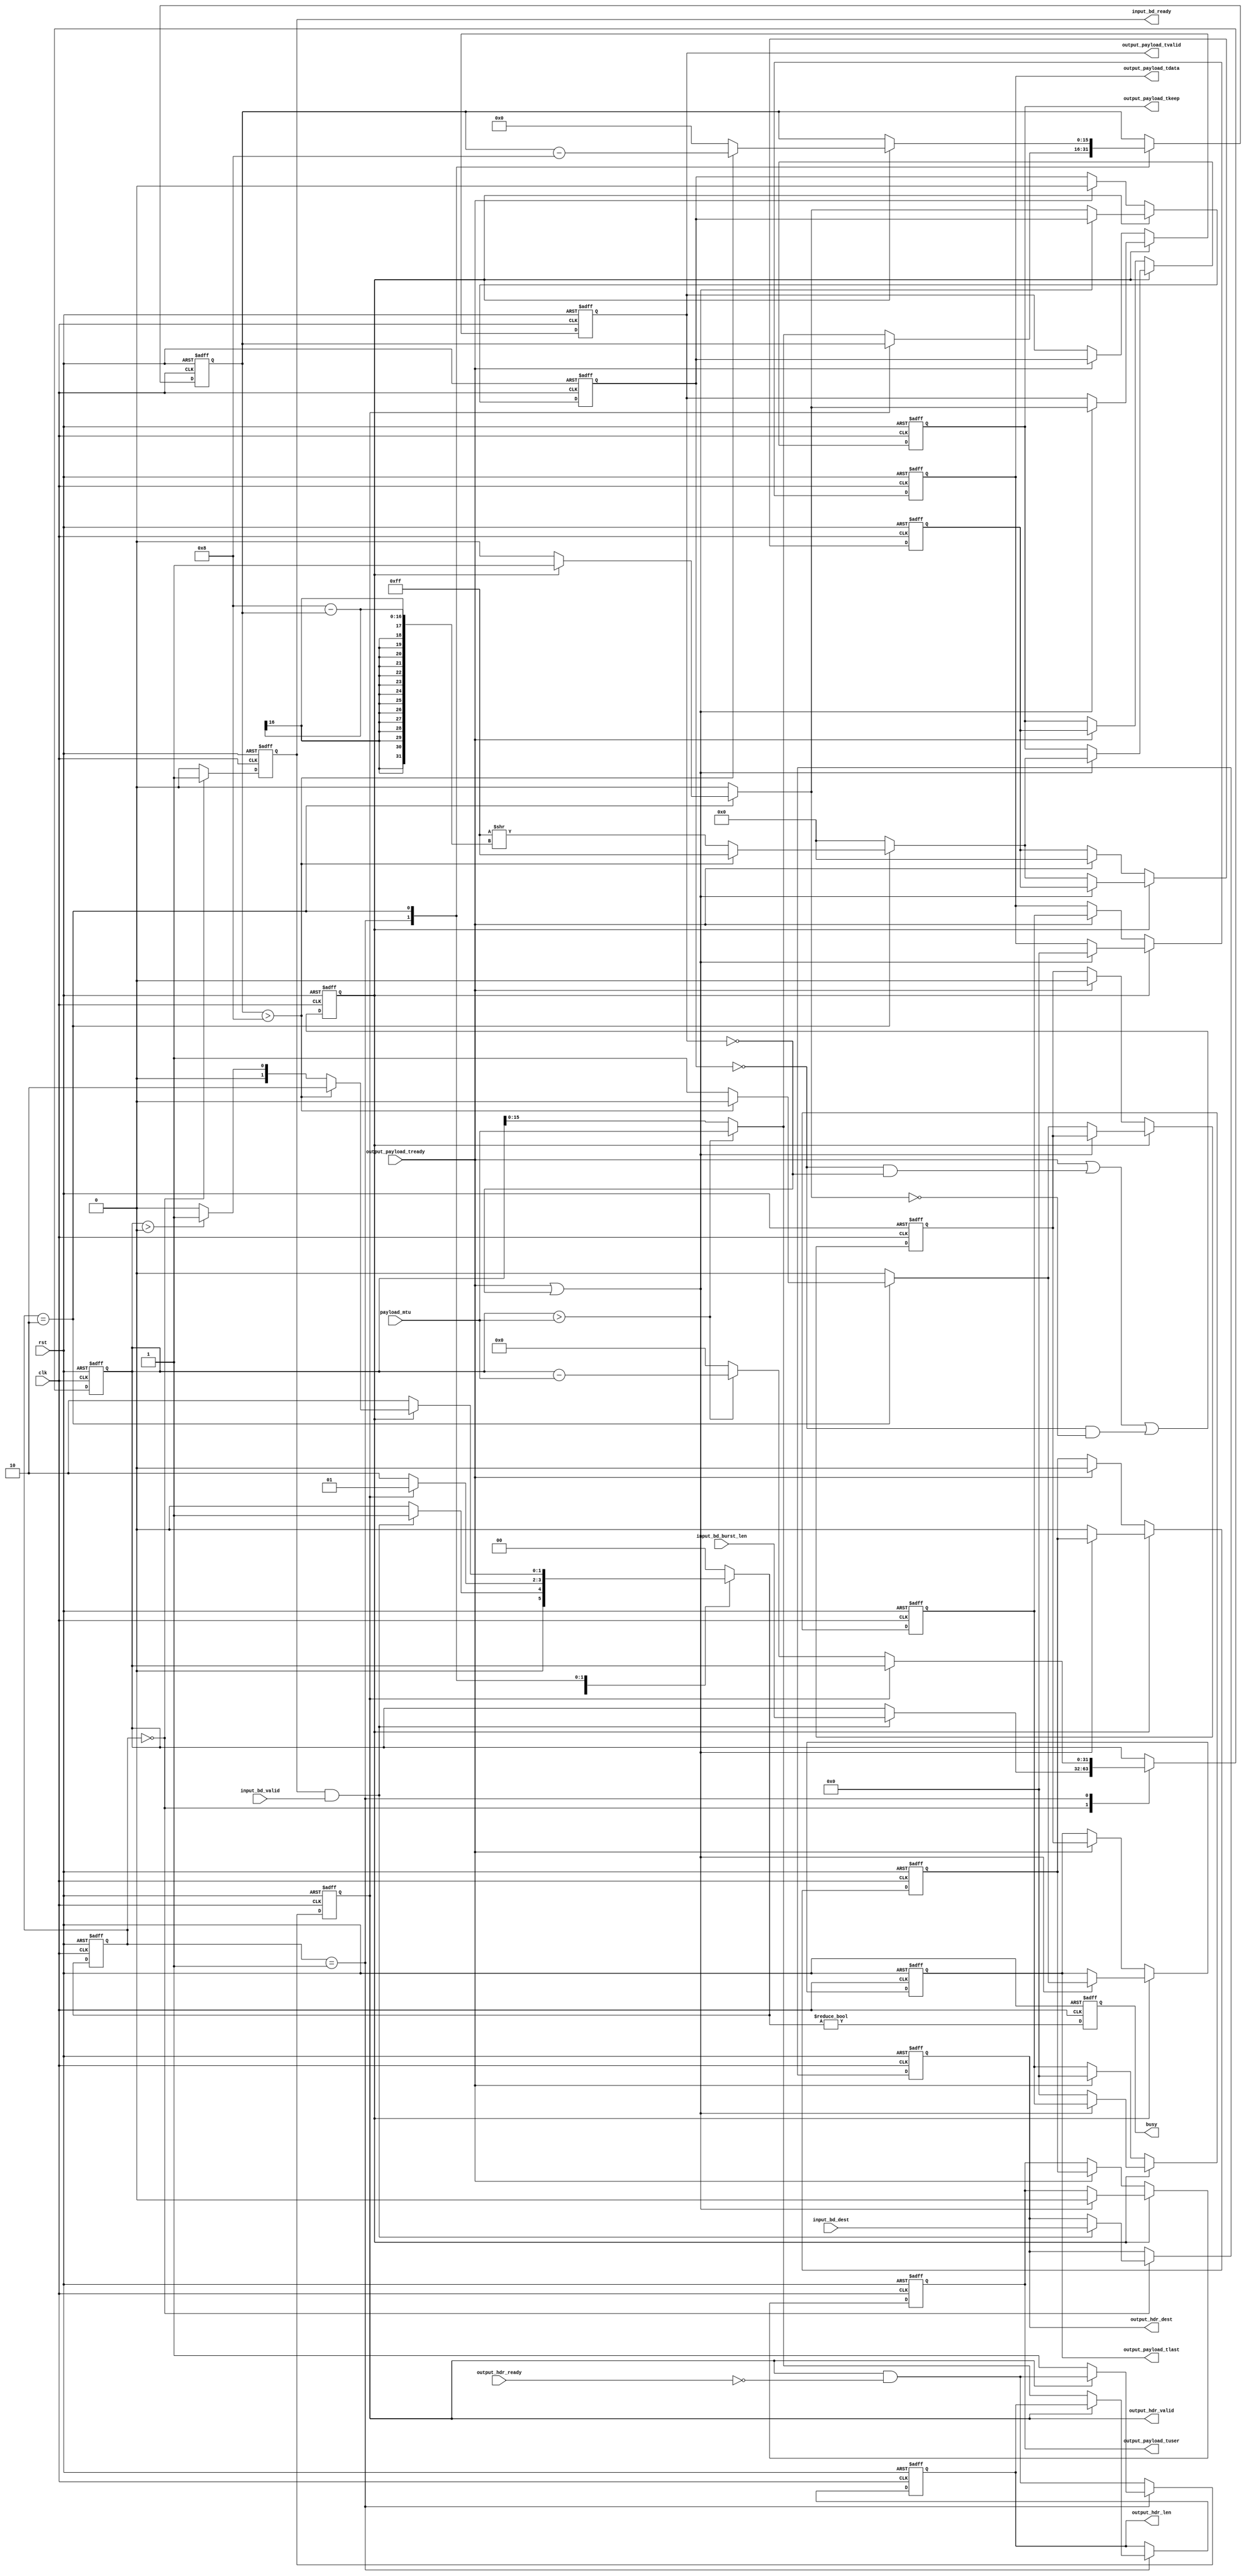
module fg_packet_gen #(
    parameter DEST_WIDTH = 8,
    parameter DATA_WIDTH = 64,
    parameter KEEP_WIDTH = (DATA_WIDTH/8)
)
(
    input  wire                   clk,
    input  wire                   rst,
    /*
     */
    input  wire                   input_bd_valid,
    output wire                   input_bd_ready,
    input  wire [DEST_WIDTH-1:0]  input_bd_dest,
    input  wire [31:0]            input_bd_burst_len,
    /*
     */
    output wire                   output_hdr_valid,
    input  wire                   output_hdr_ready,
    output wire [DEST_WIDTH-1:0]  output_hdr_dest,
    output wire [15:0]            output_hdr_len,
    output wire [DATA_WIDTH-1:0]  output_payload_tdata,
    output wire [KEEP_WIDTH-1:0]  output_payload_tkeep,
    output wire                   output_payload_tvalid,
    input  wire                   output_payload_tready,
    output wire                   output_payload_tlast,
    output wire                   output_payload_tuser,
    /*
     */
    output wire busy,
    /*
     */
    input  wire [15:0] payload_mtu
);
localparam [1:0]
    STATE_IDLE = 2'd0,
    STATE_BURST = 2'd1,
    STATE_FRAME = 2'd2;
reg [1:0] state_reg = STATE_IDLE, state_next;
reg [31:0] burst_len_reg = 0, burst_len_next;
reg [15:0] frame_len_reg = 0, frame_len_next;
reg input_bd_ready_reg = 0, input_bd_ready_next;
reg output_hdr_valid_reg = 0, output_hdr_valid_next;
reg [DEST_WIDTH-1:0] output_hdr_dest_reg = 0, output_hdr_dest_next;
reg [15:0] output_hdr_len_reg = 0, output_hdr_len_next;
reg busy_reg = 0;
// internal datapath
reg [DATA_WIDTH-1:0] output_payload_tdata_int;
reg [KEEP_WIDTH-1:0] output_payload_tkeep_int;
reg                  output_payload_tvalid_int;
reg                  output_payload_tready_int = 0;
reg                  output_payload_tlast_int;
reg                  output_payload_tuser_int;
wire                 output_payload_tready_int_early;
assign input_bd_ready = input_bd_ready_reg;
assign output_hdr_valid = output_hdr_valid_reg;
assign output_hdr_dest = output_hdr_dest_reg;
assign output_hdr_len = output_hdr_len_reg;
assign busy = busy_reg;
always @* begin
    state_next = 0;
    burst_len_next = burst_len_reg;
    frame_len_next = frame_len_reg;
    input_bd_ready_next = 0;
    output_hdr_valid_next = output_hdr_valid_reg & ~output_hdr_ready;
    output_hdr_dest_next = output_hdr_dest_reg;
    output_hdr_len_next = output_hdr_len_reg;
    output_payload_tdata_int = 0;
    output_payload_tkeep_int = 0;
    output_payload_tvalid_int = 0;
    output_payload_tlast_int = 0;
    output_payload_tuser_int = 0;
    case (state_reg)
        STATE_IDLE: begin
            input_bd_ready_next = 1;
            if (input_bd_ready & input_bd_valid) begin
                output_hdr_dest_next = input_bd_dest;
                burst_len_next = input_bd_burst_len;
                state_next = STATE_BURST;
            end else begin
                state_next = STATE_IDLE;
            end
        end
        STATE_BURST: begin
            if (~output_hdr_valid_reg) begin
                if (burst_len_reg > payload_mtu) begin
                    frame_len_next = payload_mtu;
                    burst_len_next = burst_len_reg - payload_mtu;
                    output_hdr_valid_next = 1;
                    output_hdr_len_next = payload_mtu;
                end else begin
                    frame_len_next = burst_len_reg;
                    burst_len_next = 0;
                    output_hdr_valid_next = 1;
                    output_hdr_len_next = burst_len_reg;
                end
                state_next = STATE_FRAME;
            end else begin
                state_next = STATE_BURST;
            end
        end
        STATE_FRAME: begin
            if (output_payload_tready_int) begin
                if (frame_len_reg > KEEP_WIDTH) begin
                    frame_len_next = frame_len_reg - KEEP_WIDTH;
                    output_payload_tkeep_int = {KEEP_WIDTH{1'b1}};
                    output_payload_tvalid_int = 1;
                    state_next = STATE_FRAME;
                end else begin
                    frame_len_next = 0;
                    output_payload_tkeep_int = {KEEP_WIDTH{1'b1}} >> (KEEP_WIDTH - frame_len_reg);
                    output_payload_tvalid_int = 1;
                    output_payload_tlast_int = 1;
                    if (burst_len_reg > 0) begin
                        state_next = STATE_BURST;
                    end else begin
                        state_next = STATE_IDLE;
                    end
                end
            end else begin
                state_next = STATE_FRAME;
            end
        end
    endcase
end
always @(posedge clk or posedge rst) begin
    if (rst) begin
        state_reg <= STATE_IDLE;
        burst_len_reg <= 0;
        frame_len_reg <= 0;
        input_bd_ready_reg <= 0;
        output_hdr_valid_reg <= 0;
        output_hdr_dest_reg <= 0;
        output_hdr_len_reg <= 0;
        busy_reg <= 0;
    end else begin
        state_reg <= state_next;
        burst_len_reg <= burst_len_next;
        frame_len_reg <= frame_len_next;
        input_bd_ready_reg <= input_bd_ready_next;
        output_hdr_valid_reg <= output_hdr_valid_next;
        output_hdr_dest_reg <= output_hdr_dest_next;
        output_hdr_len_reg <= output_hdr_len_next;
        busy_reg <= state_next != STATE_IDLE;
    end
end
// output datapath logic
reg [DATA_WIDTH-1:0] output_payload_tdata_reg = 0;
reg [KEEP_WIDTH-1:0] output_payload_tkeep_reg = 0;
reg                  output_payload_tvalid_reg = 0;
reg                  output_payload_tlast_reg = 0;
reg                  output_payload_tuser_reg = 0;
reg [DATA_WIDTH-1:0] temp_payload_tdata_reg = 0;
reg [KEEP_WIDTH-1:0] temp_payload_tkeep_reg = 0;
reg                  temp_payload_tvalid_reg = 0;
reg                  temp_payload_tlast_reg = 0;
reg                  temp_payload_tuser_reg = 0;
assign output_payload_tdata = output_payload_tdata_reg;
assign output_payload_tkeep = output_payload_tkeep_reg;
assign output_payload_tvalid = output_payload_tvalid_reg;
assign output_payload_tlast = output_payload_tlast_reg;
assign output_payload_tuser = output_payload_tuser_reg;
// enable ready input next cycle if output is ready or if there is space in both output registers or if there is space in the temp register that will not be filled next cycle
assign output_payload_tready_int_early = output_payload_tready | (~temp_payload_tvalid_reg & ~output_payload_tvalid_reg) | (~temp_payload_tvalid_reg & ~output_payload_tvalid_int);
always @(posedge clk or posedge rst) begin
    if (rst) begin
        output_payload_tdata_reg <= 0;
        output_payload_tkeep_reg <= 0;
        output_payload_tvalid_reg <= 0;
        output_payload_tlast_reg <= 0;
        output_payload_tuser_reg <= 0;
        output_payload_tready_int <= 0;
        temp_payload_tdata_reg <= 0;
        temp_payload_tkeep_reg <= 0;
        temp_payload_tvalid_reg <= 0;
        temp_payload_tlast_reg <= 0;
        temp_payload_tuser_reg <= 0;
    end else begin
        // transfer sink ready state to source
        output_payload_tready_int <= output_payload_tready_int_early;
        if (output_payload_tready_int) begin
            // input is ready
            if (output_payload_tready | ~output_payload_tvalid_reg) begin
                // output is ready or currently not valid, transfer data to output
                output_payload_tdata_reg <= output_payload_tdata_int;
                output_payload_tkeep_reg <= output_payload_tkeep_int;
                output_payload_tvalid_reg <= output_payload_tvalid_int;
                output_payload_tlast_reg <= output_payload_tlast_int;
                output_payload_tuser_reg <= output_payload_tuser_int;
            end else begin
                // output is not ready, store input in temp
                temp_payload_tdata_reg <= output_payload_tdata_int;
                temp_payload_tkeep_reg <= output_payload_tkeep_int;
                temp_payload_tvalid_reg <= output_payload_tvalid_int;
                temp_payload_tlast_reg <= output_payload_tlast_int;
                temp_payload_tuser_reg <= output_payload_tuser_int;
            end
        end else if (output_payload_tready) begin
            // input is not ready, but output is ready
            output_payload_tdata_reg <= temp_payload_tdata_reg;
            output_payload_tkeep_reg <= temp_payload_tkeep_reg;
            output_payload_tvalid_reg <= temp_payload_tvalid_reg;
            output_payload_tlast_reg <= temp_payload_tlast_reg;
            output_payload_tuser_reg <= temp_payload_tuser_reg;
            temp_payload_tdata_reg <= 0;
            temp_payload_tkeep_reg <= 0;
            temp_payload_tvalid_reg <= 0;
            temp_payload_tlast_reg <= 0;
            temp_payload_tuser_reg <= 0;
        end
    end
end
endmodule